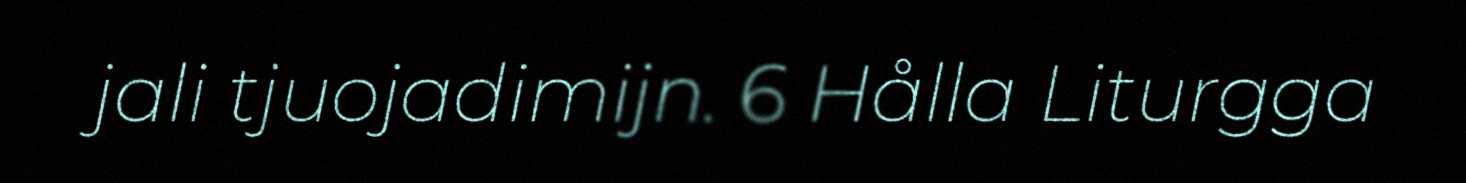
jali tjuojadimijn. 6 Hålla Liturgga